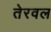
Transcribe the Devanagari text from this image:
तेरवल